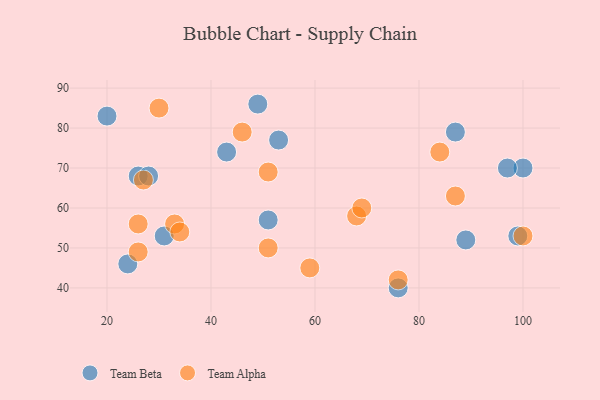
{"axis": {"x": "GDP", "y": "Life Expectancy"}, "legend": ["Team Alpha", "Team Beta"], "data": [{"x": "76", "y": 40, "type": "Team Beta"}, {"x": "26", "y": 68, "type": "Team Beta"}, {"x": "89", "y": 52, "type": "Team Beta"}, {"x": "24", "y": 46, "type": "Team Beta"}, {"x": "20", "y": 83, "type": "Team Beta"}, {"x": "99", "y": 53, "type": "Team Beta"}, {"x": "43", "y": 74, "type": "Team Beta"}, {"x": "31", "y": 53, "type": "Team Beta"}, {"x": "49", "y": 86, "type": "Team Beta"}, {"x": "100", "y": 70, "type": "Team Beta"}, {"x": "53", "y": 77, "type": "Team Beta"}, {"x": "87", "y": 79, "type": "Team Beta"}, {"x": "28", "y": 68, "type": "Team Beta"}, {"x": "97", "y": 70, "type": "Team Beta"}, {"x": "51", "y": 57, "type": "Team Beta"}, {"x": "27", "y": 67, "type": "Team Alpha"}, {"x": "76", "y": 42, "type": "Team Alpha"}, {"x": "87", "y": 63, "type": "Team Alpha"}, {"x": "33", "y": 56, "type": "Team Alpha"}, {"x": "51", "y": 50, "type": "Team Alpha"}, {"x": "34", "y": 54, "type": "Team Alpha"}, {"x": "46", "y": 79, "type": "Team Alpha"}, {"x": "30", "y": 85, "type": "Team Alpha"}, {"x": "68", "y": 58, "type": "Team Alpha"}, {"x": "100", "y": 53, "type": "Team Alpha"}, {"x": "26", "y": 49, "type": "Team Alpha"}, {"x": "59", "y": 45, "type": "Team Alpha"}, {"x": "26", "y": 56, "type": "Team Alpha"}, {"x": "51", "y": 69, "type": "Team Alpha"}, {"x": "69", "y": 60, "type": "Team Alpha"}, {"x": "84", "y": 74, "type": "Team Alpha"}]}